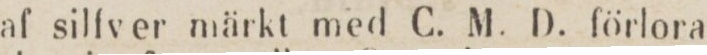
af silfv er märkt med C. M. D. förlora-